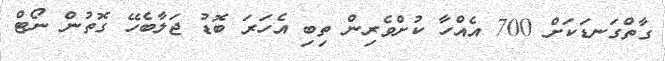
ގާތްގަނޑަކަށް 700 އެއްހާ ކުށްވެރިން ތިބި އެހަރަ ބޮޑު ޖަލާބެހޭ ގޮތުން ނޯޓް